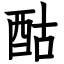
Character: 酤